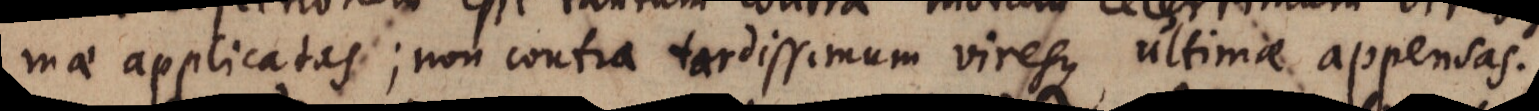
mae applicatas; non contra tardissimum viresque ultima appensas.